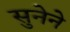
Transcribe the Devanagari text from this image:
सुनेने